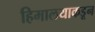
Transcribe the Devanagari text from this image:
हिमालयाकडून